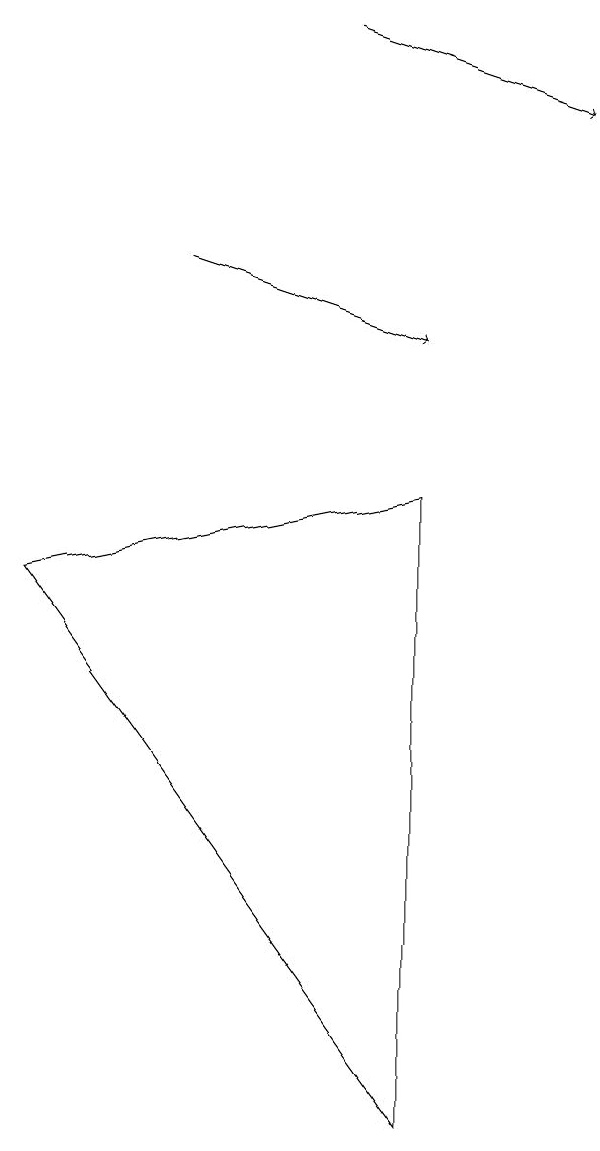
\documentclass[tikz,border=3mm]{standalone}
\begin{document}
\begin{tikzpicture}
\draw[->] (3,11) -- (6,10);
\draw[->] (5,14) -- (8,13);
\draw (6,8) -- (6,0) -- (1,7) -- cycle;
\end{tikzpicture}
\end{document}